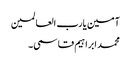
آمین یارب العالمین
محمد ابراہیم قاسمی۔